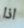
اذا